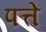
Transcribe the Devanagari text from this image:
पत्तें